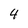
Character: 4